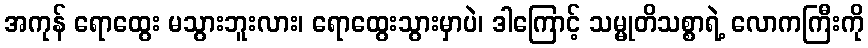
အကုန် ရောထွေး မသွားဘူးလား၊ ရောထွေးသွားမှာပဲ၊ ဒါကြောင့် သမ္မုတိသစ္စာရဲ့ လောကကြီးကို